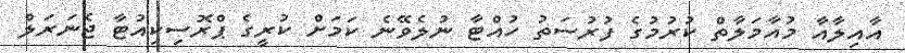
އާއިލާއާ މުއާމަލާތް ކުރުމުގެ ފުރުސަތު ހުއްޓާ ނުލެވޭނެ ކަމަށް ކުރީގެ ޕްރޮސިކިއުޓާ ޖެނަރަލް